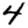
Digit: 4